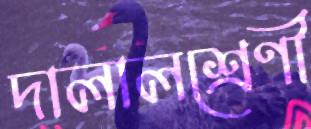
দালালশ্রেণী